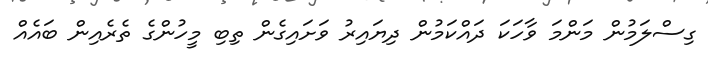
ގިސްލަމުން މަންމަ ވާހަކަ ދައްކަމުން ދިޔައިރު ވަށައިގެން ތިބި މީހުންގެ ތެރެއިން ބައެއް